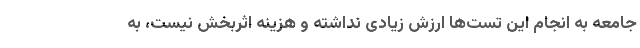
جامعه به انجام این تست‌ها ارزش زیادی نداشته و هزینه اثربخش نیست، به